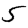
Digit: 5